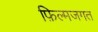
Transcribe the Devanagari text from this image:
फ़िल्मजगत